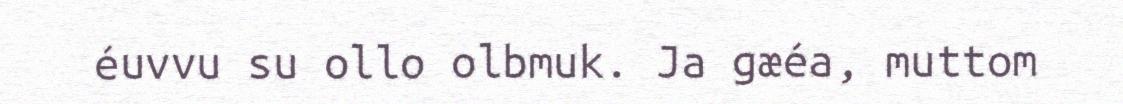
éuvvu su ollo olbmuk. Ja gæéa, muttom